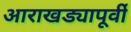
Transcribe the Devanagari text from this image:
आराखड्यापूर्वी